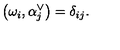
\left( \omega _ { i } , \alpha _ { j } ^ { \vee } \right) = \delta _ { i j } .